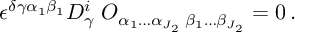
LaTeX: \epsilon ^ { \delta \gamma \alpha _ { 1 } \beta _ { 1 } } D _ { \gamma } ^ { i } \; { \cal O } _ { \alpha _ { 1 } \ldots \alpha _ { J _ { 2 } } \; \beta _ { 1 } \ldots \beta _ { J _ { 2 } } } = 0 \, .